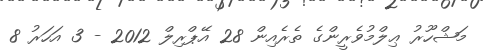
މަޝްހޫރު ޢިލްމުވެރީންގެ ތެރެއިން 28 އޭޕްރިލް 2012 - 3 އަހަރު 8